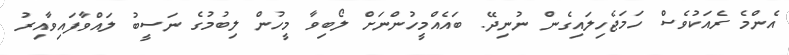
އެންމެ ރެއަކުވެސް ހަމަޖެހިލައިގެން ނުނިދޭ. ބައެއްމީހުންނަށް ލޯބިވާ މީހުން ލިބުމުގެ ނަސީބު ލައްވާފައިވާއިރު